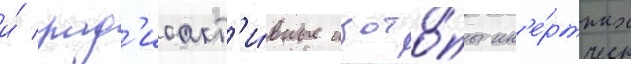
и́ рад'иоакт'и́вные изото́пы ин'е́ртных